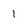
Character: 1